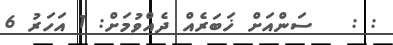
: :   ސަންއަށް ޚަބަރެއް ދެއްވުމަށް: 1 އަހަރު 6